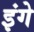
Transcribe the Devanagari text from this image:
इंगे